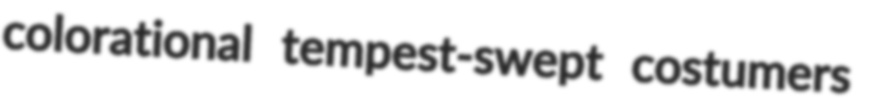
colorational tempest-swept costumers